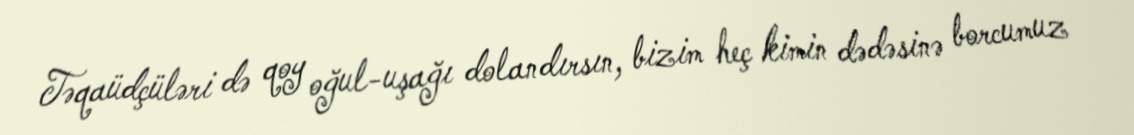
Təqaüdçüləri də qoy oğul-uşağı dolandırsın, bizim heç kimin dədəsinə borcumuz